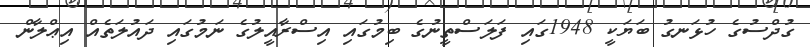
ގުދްސުގެ ހުޅަނގު ބަޔަކީ 1948ގައި ފަލަސްތީނުގެ ބިމުގައި އިސްރާއީލުގެ ނަމުގައި ދައުލަތެއް އިޢްލާން